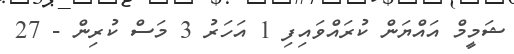
ޝަމީމް އައްޔަން ކުރައްވައިފި 1 އަހަރު 3 މަސް ކުރިން - 27